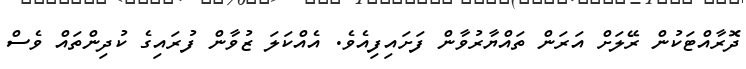
ދޮރާއްޓަކުން ރޭލަށް އަރަން ތައްޔާރުވާން ފަށައިފިއެވެ. އެއްކަލަ ޒުވާން ފުރައިގެ ކުދިންތައް ވެސް